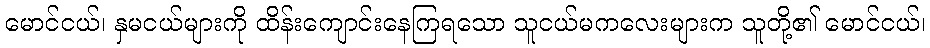
မောင်ငယ်၊ နှမငယ်များကို ထိန်းကျောင်းနေကြရသော သူငယ်မကလေးများက သူတို့၏ မောင်ငယ်၊